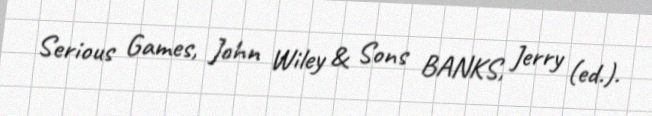
Serious Games, John Wiley & Sons BANKS, Jerry (ed.).